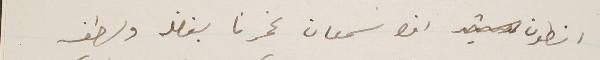
انطون ابن سمعان غمرنا بفضله ولطفه